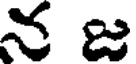
నజ